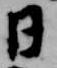
日